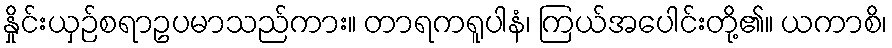
နှိုင်းယှဉ်စရာဥပမာသည်ကား။ တာရကရူပါနံ၊ ကြယ်အပေါင်းတို့၏။ ယကာစိ၊